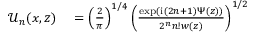
\begin{array} { r l } { \mathcal { U } _ { n } ( x , z ) } & { { } = \left( \frac { 2 } { \pi } \right) ^ { 1 / 4 } \left( \frac { \exp ( \mathrm { i } ( 2 n + 1 ) \Psi ( z ) ) } { 2 ^ { n } n ! w ( z ) } \right) ^ { 1 / 2 } } \end{array}